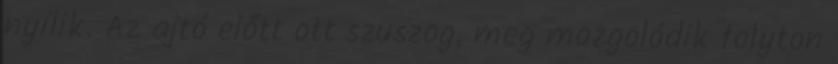
nyílik. Az ajtó előtt ott szuszog, meg mozgolódik folyton